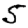
Digit: 5